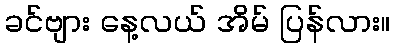
ခင်ဗျား နေ့လယ် အိမ် ပြန်လား။